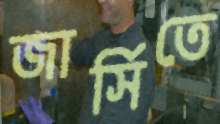
জার্সিতে